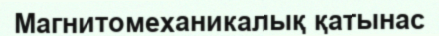
Магнитомеханикалық қатынас